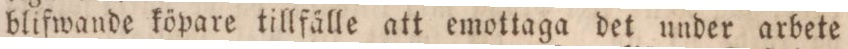
blifwande köpare tillfälle att emottaga det under arbete